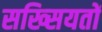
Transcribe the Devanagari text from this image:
सख्सियतों